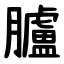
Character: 臚